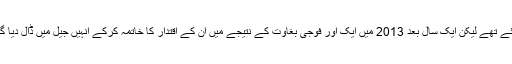
وہ اخوان المسلمون کے پلیٹ فارم سے صدر منتخب ہوئے تھے لیکن ایک سال بعد 2013 میں ایک اور فوجی بغاوت کے نتیجے میں ان کے اقتدار کا خاتمہ کرکے انہیں جیل میں ڈال دیا گیا جبکہ ان کی جماعت پر پابندی عائد کردی گئی تھی۔